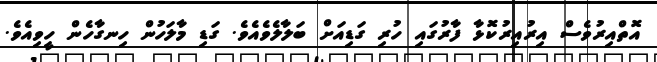
އޮތްއިރުވެސް އިރުއިރުކޮޅާ ފާރުގައި ހުރި ގަޑިއަށް ބަލާލެވެއެވެ. ގަޑި މާލަހުން ހިނގާހެން ހީވިއެވެ.